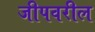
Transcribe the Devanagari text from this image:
जीपवरील